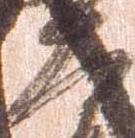
大